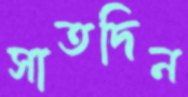
সাতদিন